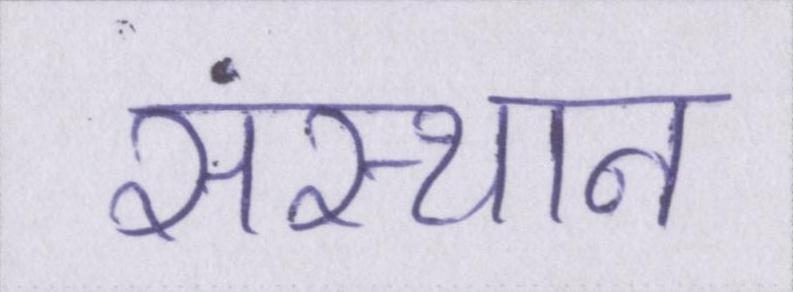
संस्थान